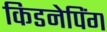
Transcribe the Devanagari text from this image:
किडनेपिंग